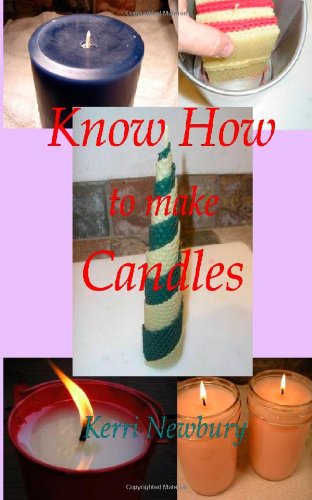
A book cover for Know How to Make Candles; Kerri Newbury; Crafts, Hobbies & Home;